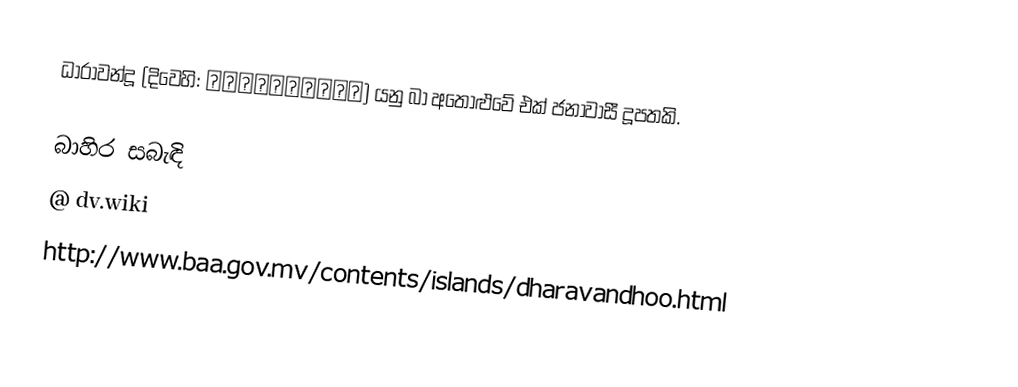
ධාරාවන්දූ  (දිවෙහි: ދަރަވަންދޫ) යනු බා අතොළුවේ එක් ජනාවාසී දූපතකි.

බාහිර සබැඳි
@ dv.wiki
http://www.baa.gov.mv/contents/islands/dharavandhoo.html